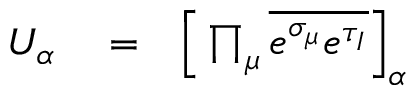
\begin{array} { r l r } { U _ { \alpha } } & { { } = } & { \Big [ \prod _ { \mu } \overline { { e ^ { \sigma _ { \mu } } e ^ { \tau _ { I } } } } \Big ] _ { \alpha } } \end{array}